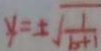
y = \pm \sqrt { \frac { 1 } { b + 1 } }